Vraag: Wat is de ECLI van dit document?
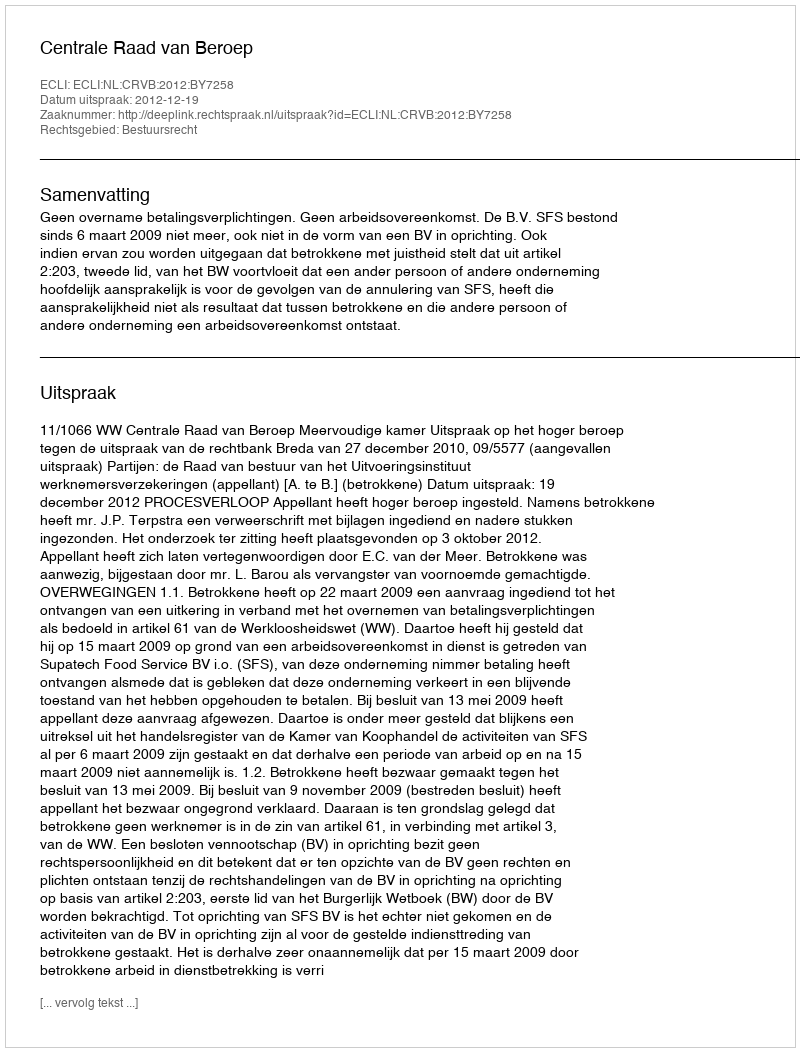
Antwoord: ECLI:NL:CRVB:2012:BY7258